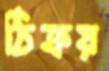
ঠিক্‌রয়